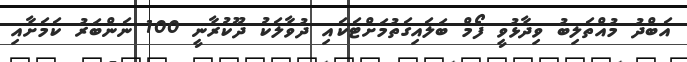
އަބްދު މުއްތަލިބު ވިދާޅުވީ ފޯމް ބަލައިގަތުމަށްޓަކައި ދުވާލަކު ދޫކުރާނީ 100 ނަންބަރު ކަމަށާއި